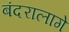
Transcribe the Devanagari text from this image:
बंदरालागे